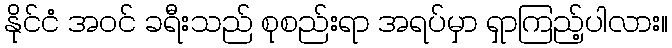
နိုင်ငံ အဝင် ခရီးသည် စုစည်းရာ အရပ်မှာ ရှာကြည့်ပါလား။